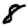
Digit: 8